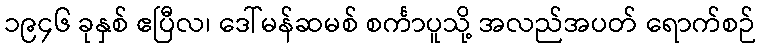
၁၉၄၆ ခုနှစ် ဧပြီလ၊ ဒေါ်မန်ဆမစ် စင်္ကာပူသို့ အလည်အပတ် ရောက်စဉ်